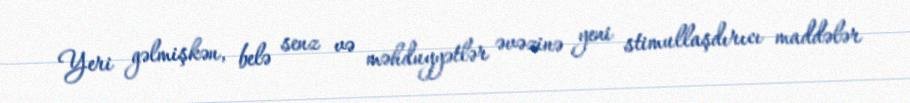
Yeri gəlmişkən, belə senz və məhduyyətlər əvəzinə yeni stimullaşdırıcı maddələr